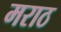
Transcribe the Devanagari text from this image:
मराठ